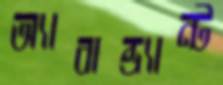
অ্যাবান্ড্যান্ট